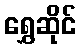
ရွှေဆိုင်